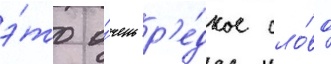
э́то о́чень р'е́дкое сло́во